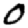
Digit: 0